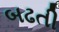
બઢતી